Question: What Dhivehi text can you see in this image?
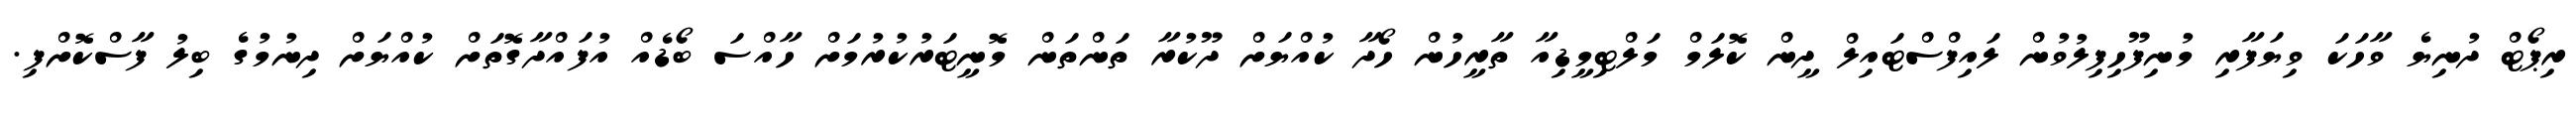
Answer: ރިޕޯޓް ދުނިޔެ ވާހަކަ ވިޔަފާރި މުނިފޫހިފިލުވުން ލައިފްސްޓައިލް ދީން ކޮލަމް މަލްޓިމީޑިއާ ތާރީހުން ހޯދާ ކުއްޔަށް ދޫކުރާ ތަންތަން މޮނީޓަރުކުރުމަށް ހާއްސަ ބޯޑެއް އުފައްދާގޮތަށް ކުއްޔަށް ދިނުމުގެ ބިލު ފާސްކޮށްފި.